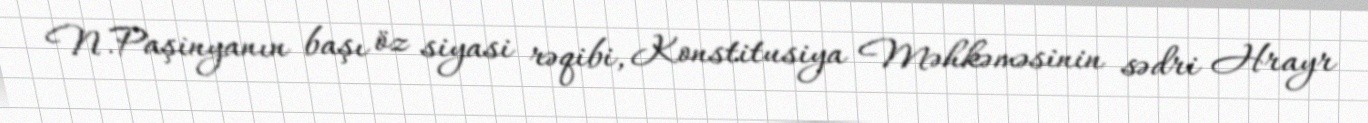
N.Paşinyanın başı öz siyasi rəqibi, Konstitusiya Məhkəməsinin sədri Hrayr